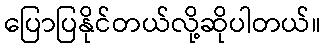
ပြောပြနိုင်တယ်လို့ဆိုပါတယ်။